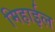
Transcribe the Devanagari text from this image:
मिहाईल